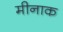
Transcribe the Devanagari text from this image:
मीनाक